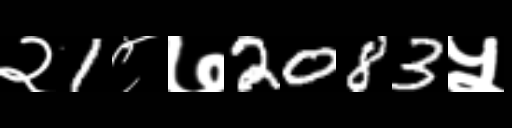
Text: २1८७2083५